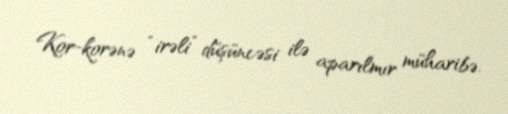
Kor-korənə “irəli” düşüncəsi ilə aparılmır müharibə.